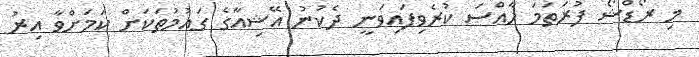
މި ރޯޑްޝޯ ފުރަތަމަ ހާއްސަ ކުރެވިފައިވަނީ ދެކުނު އޭޝިއާގެ ގައުމުތަކަށް ކަމަށްވާ އިރު